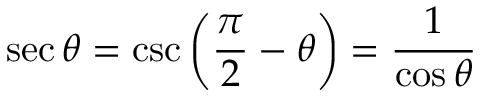
\sec \theta = \csc \left( { \frac { \pi } { 2 } } - \theta \right) = { \frac { 1 } { \cos \theta } }